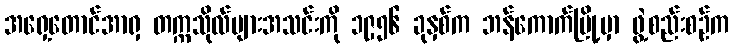
အရှေ့တောင်အာရှ တက္ကသိုလ်များအသင်းကို ၁၉၅၆ ခုနှစ်က ဘန်ကောက်မြို့မှာ ဖွဲ့စည်းစဉ်က